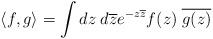
LaTeX: \begin{align*}\langle f, g\rangle= \int dz\;d\overline{z}e^{-z\overline{z}} f(z) \;\overline{g(z)}\end{align*}